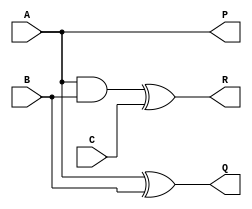
module Peres_gate(output P, Q, R, input A, B, C);
wire o;
buf(P, A);
xor(Q, A, B);
and(o, A, B);
xor(R, o, C);
endmodule